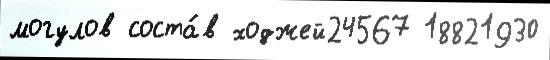
могулов соста́в ходжей24567 18821930